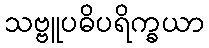
သဗ္ဗူပဓိပရိက္ခယာ